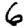
Digit: 6